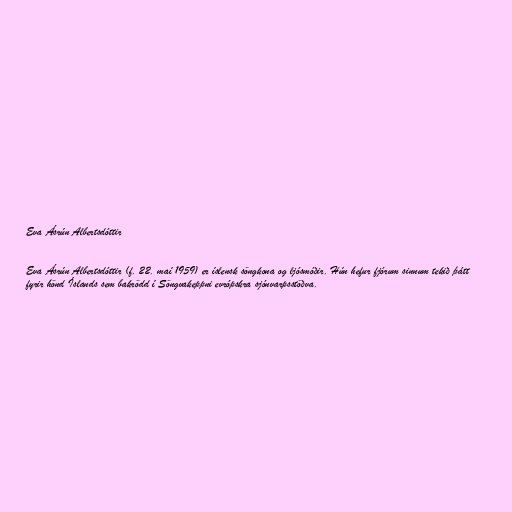
Eva Ásrún Albertsdóttir

Eva Ásrún Albertsdóttir (f. 22. maí 1959) er íslensk söngkona og ljósmóðir. Hún hefur fjórum sinnum tekið þátt
fyrir hönd Íslands sem bakrödd í Söngvakeppni evrópskra sjónvarpsstöðva.